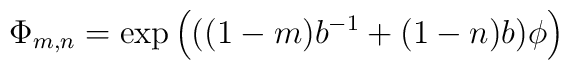
\Phi_{m,n}=\exp\left(  ((1-m)b^{-1}+(1-n)b)\phi\right)